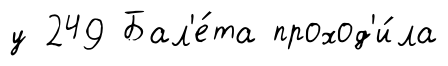
у 249 Бал'е́та проход'и́ла